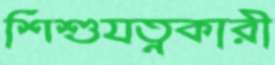
শিশুযত্নকারী